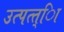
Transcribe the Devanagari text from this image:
उत्पत्त्िा